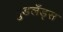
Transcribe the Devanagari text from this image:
वुडलँड्स